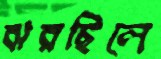
ঝরছিলে